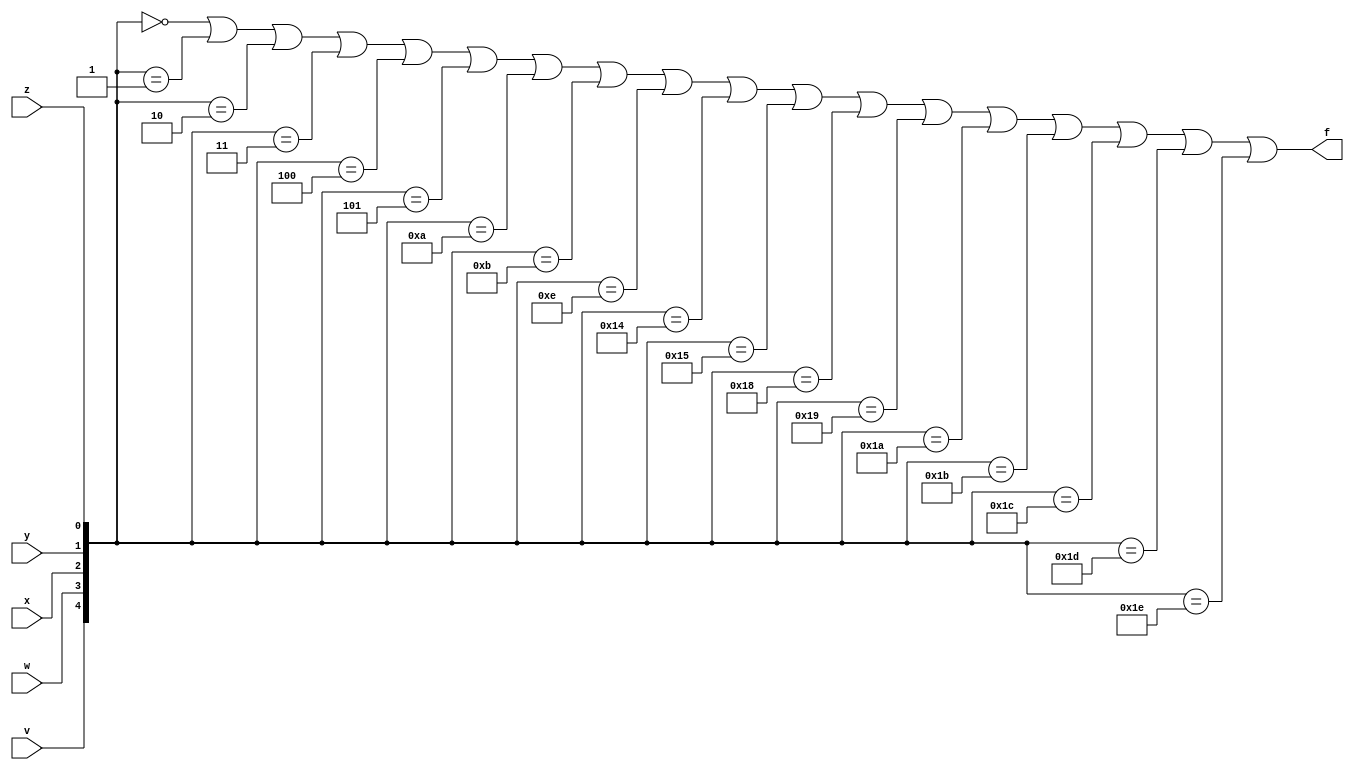
module c459(v,w,x,y,z,f);
  input v,w,x,y,z;
  output f;
  assign f=	({v,w,x,y,z}==0)|
			({v,w,x,y,z}==1)|
			({v,w,x,y,z}==2)|
			({v,w,x,y,z}==3)|
			({v,w,x,y,z}==4)|
			({v,w,x,y,z}==5)|
			({v,w,x,y,z}==10)|
			({v,w,x,y,z}==11)|
			({v,w,x,y,z}==14)|
			({v,w,x,y,z}==20)|
			({v,w,x,y,z}==21)|
			({v,w,x,y,z}==24)|
			({v,w,x,y,z}==25)|
			({v,w,x,y,z}==26)|
			({v,w,x,y,z}==27)|
			({v,w,x,y,z}==28)|
			({v,w,x,y,z}==29)|
			({v,w,x,y,z}==30);
endmodule